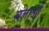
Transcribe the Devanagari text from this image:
संज्ञाओ